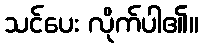
သင်ပေး လိုက်ပါ၏။